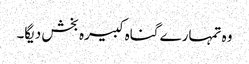
وہ تمہارے گناہ کبیرہ بخش دیگا۔